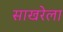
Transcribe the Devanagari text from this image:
साखरेला